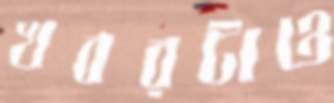
খবরটাও